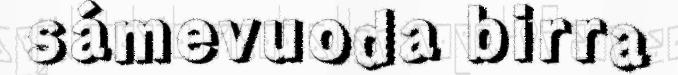
sámevuoda birra